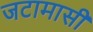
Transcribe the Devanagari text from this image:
जटामासी